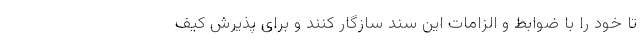
تا خود را با ضوابط و الزامات این سند سازگار کنند و برای پذیرش کیف